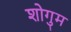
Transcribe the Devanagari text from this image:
शोगुम